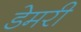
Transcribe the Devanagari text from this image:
डेमरी